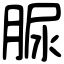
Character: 脲